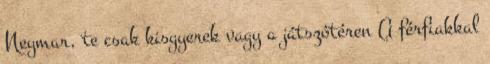
Neymar, te csak kisgyerek vagy a játszótéren A férfiakkal